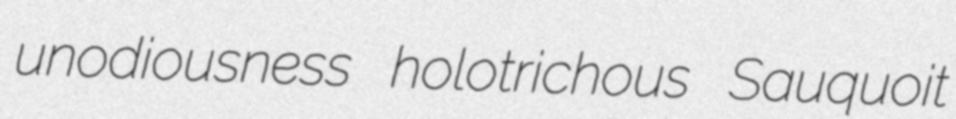
unodiousness holotrichous Sauquoit